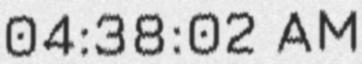
04:38:02 AM